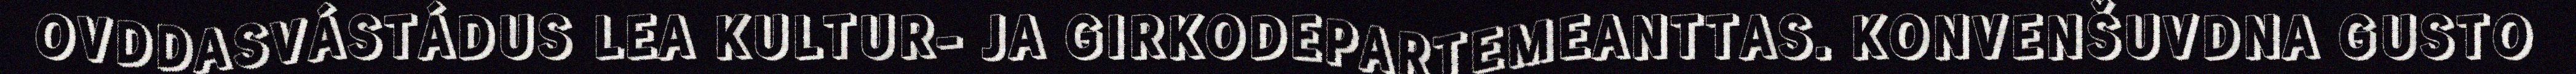
OVDDASVÁSTÁDUS LEA KULTUR- JA GIRKODEPARTEMEANTTAS. KONVENŠUVDNA GUSTO